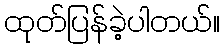
ထုတ်ပြန်ခဲ့ပါတယ်။